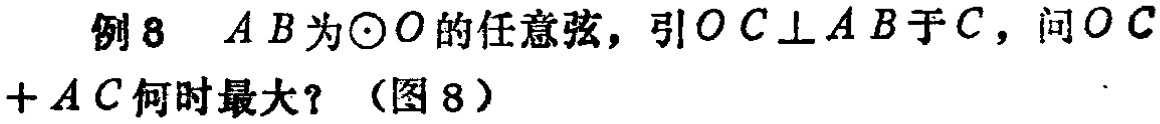
例8 \(AB\)为\(\odot O\)的任意弦，引\(OC\perp AB\)于\(C\)，问\(OC + AC\)何时最大？（图8）